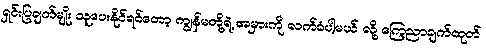
ရှင်းပြချက်မျိုး သူပေးနိုင်ရင်တော့ ကျွန်မတို့ရဲ့ အမှားကို လက်ခံပါ့မယ် လို့ ကြေညာချက်ထုတ်